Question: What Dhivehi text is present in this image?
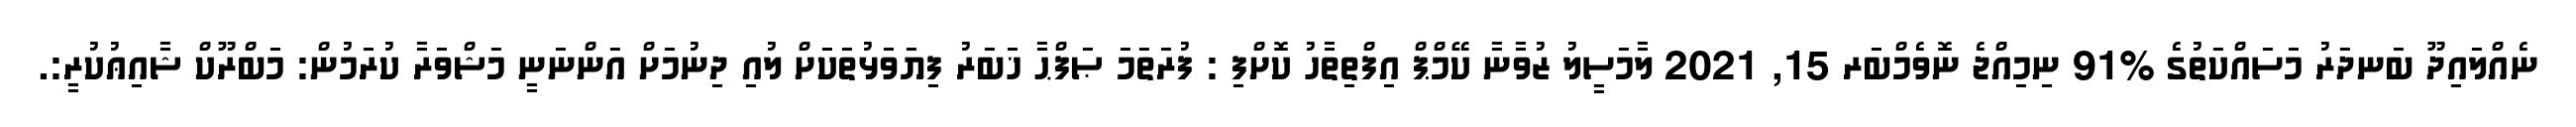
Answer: ނެއްލައިދޫ ބަނދަރު މަސައްކަތުގެ %91 ނިމިއްޖެ ނޮވެމްބަރ 15, 2021 ލާމަސީލު ޒުވާނާ ކޭމްޕް އިފްތިތާހު ކޮށްފި : ފުރަތަމަ ޞަފްޙާ ޚަބަރު ފިޔަވަޅުތަކަށް ލުއި ދިނުމަށް އަންނަނީ މަޝްވަރާ ކުރަމުން: މަބްރޫކް ޝާއިޢުކުރީ:.